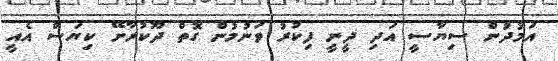
އަމުދުން ސިޔާސީ އަދި ދީނީ ފިކުރު ވަނުމުން ގޮތް ދޫކުރާށޭ ކިޔަސް އެއީ